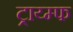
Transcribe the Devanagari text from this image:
ट्राय्म्फ